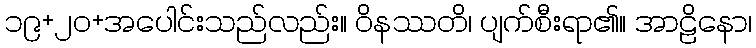
၁၉+၂၀+အပေါင်းသည်လည်း။ ဝိနဿတိ၊ ပျက်စီးရာ၏။ အာဠိနော၊